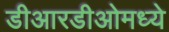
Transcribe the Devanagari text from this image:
डीआरडीओमध्ये